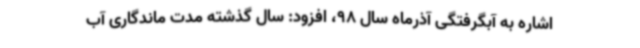
اشاره به آبگرفتگی آذرماه سال 98، افزود: سال گذشته مدت ماندگاری آب